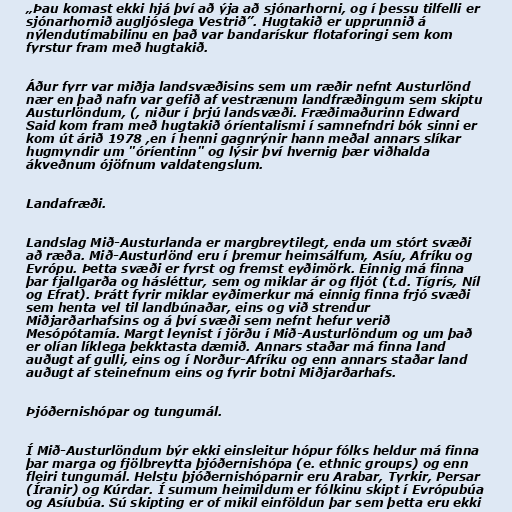
„Þau komast ekki hjá því að ýja að sjónarhorni, og í þessu tilfelli er
sjónarhornið augljóslega Vestrið”. Hugtakið er upprunnið á
nýlendutímabilinu en það var bandarískur flotaforingi sem kom
fyrstur fram með hugtakið.

Áður fyrr var miðja landsvæðisins sem um ræðir nefnt Austurlönd
nær en það nafn var gefið af vestrænum landfræðingum sem skiptu
Austurlöndum, (, niður í þrjú landsvæði. Fræðimaðurinn Edward
Said kom fram með hugtakið óríentalismi í samnefndri bók sinni er
kom út árið 1978 ,en í henni gagnrýnir hann meðal annars slíkar
hugmyndir um "óríentinn" og lýsir því hvernig þær viðhalda
ákveðnum ójöfnum valdatengslum.

Landafræði.

Landslag Mið-Austurlanda er margbreytilegt, enda um stórt svæði
að ræða. Mið-Austurlönd eru í þremur heimsálfum, Asíu, Afríku og
Evrópu. Þetta svæði er fyrst og fremst eyðimörk. Einnig má finna
þar fjallgarða og hásléttur, sem og miklar ár og fljót (t.d. Tígrís, Níl
og Efrat). Þrátt fyrir miklar eyðimerkur má einnig finna frjó svæði
sem henta vel til landbúnaðar, eins og við strendur
Miðjarðarhafsins og á því svæði sem nefnt hefur verið
Mesópótamía. Margt leynist í jörðu í Mið-Austurlöndum og um það
er olían líklega þekktasta dæmið. Annars staðar má finna land
auðugt af gulli, eins og í Norður-Afríku og enn annars staðar land
auðugt af steinefnum eins og fyrir botni Miðjarðarhafs.

Þjóðernishópar og tungumál.

Í Mið-Austurlöndum býr ekki einsleitur hópur fólks heldur má finna
þar marga og fjölbreytta þjóðernishópa (e. ethnic groups) og enn
fleiri tungumál. Helstu þjóðernishóparnir eru Arabar, Tyrkir, Persar
(Íranir) og Kúrdar. Í sumum heimildum er fólkinu skipt í Evrópubúa
og Asíubúa. Sú skipting er of mikil einföldun þar sem þetta eru ekki